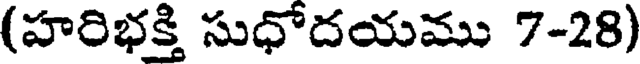
(హరిభక్తి సుధోదయము 7-28)